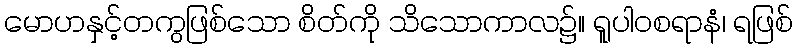
မောဟနှင့်တကွဖြစ်သော စိတ်ကို သိသောကာလ၌။ ရူပါဝစရာနံ၊ ရဖြစ်